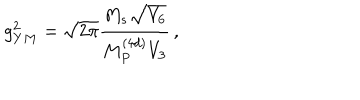
g _ { Y M } ^ { 2 } = \sqrt { 2 \pi } { \frac { M _ { s } \sqrt { V _ { 6 } } } { M _ { P } ^ { ( 4 d ) } V _ { 3 } } } \, ,